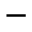
^ { - }